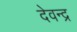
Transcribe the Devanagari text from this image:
देवन्द्र